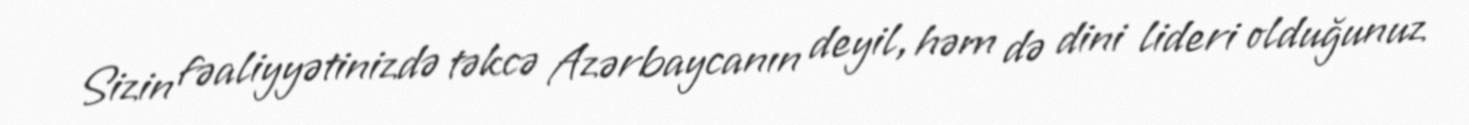
Sizin fəaliyyətinizdə təkcə Azərbaycanın deyil, həm də dini lideri olduğunuz